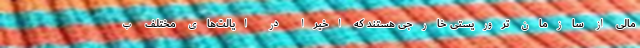
مالی از سازمان تروریستی خارجی هستند که اخیرا در ایالت‌های مختلف ب